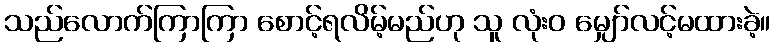
သည်လောက်ကြာကြာ စောင့်ရလိမ့်မည်ဟု သူ လုံးဝ မျှော်လင့်မထားခဲ့။